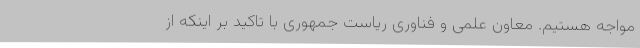
مواجه هستیم. معاون علمی و فناوری ریاست جمهوری با تاکید بر اینکه از